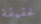
لحقيقة